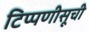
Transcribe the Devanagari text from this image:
टिप्पणीसूची